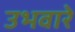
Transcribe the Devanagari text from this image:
उभवारे